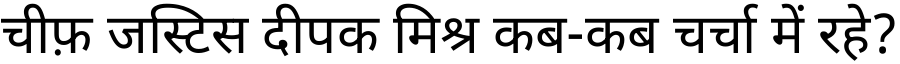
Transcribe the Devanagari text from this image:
चीफ़ जस्टिस दीपक मिश्र कब-कब चर्चा में रहे?